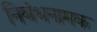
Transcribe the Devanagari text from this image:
निबंधनामक